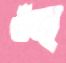
ওঁত্